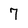
Character: 7